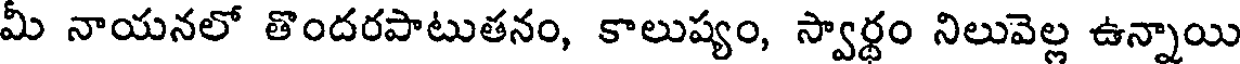
మీ నాయనలో తొందరపాటుతనం, కాలుష్యం, స్వార్థం నిలువెల్ల ఉన్నాయి